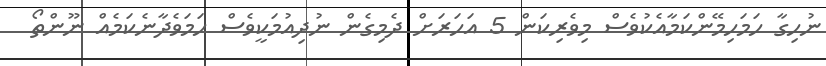
ނުހިގާ ހަމަހިމޭންކަމާއެކުވެސް މިވެރިކަން 5 އަހަރަށް ދެމިގެން ނުދިއުމަކީވެސް ހަމަވެދާނެކަމެއް ނޫންތޯ